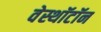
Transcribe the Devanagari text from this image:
वेस्थॉटॉन